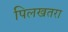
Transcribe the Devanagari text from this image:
पिलखतरा